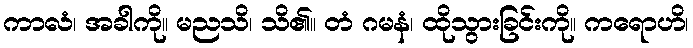
ကာလံ၊ အခါကို။ မညသိ၊ သိ၏။ တံ ဂမနံ၊ ထိုသွားခြင်းကို။ ကရောဟိ၊